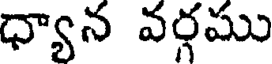
ధ్యాన వర్గము